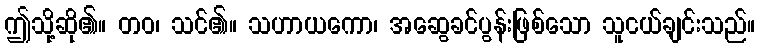
ဤသို့ဆို၏။ တဝ၊ သင်၏။ သဟာယကော၊ အဆွေခင်ပွန်းဖြစ်သော သူငယ်ချင်းသည်။